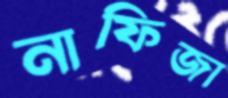
নাফিজা